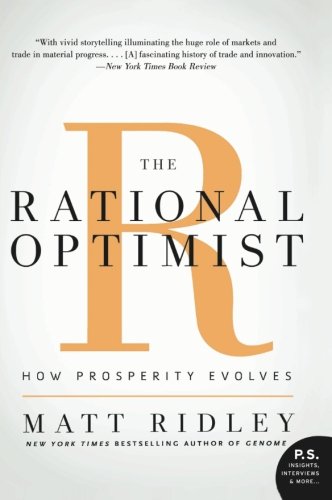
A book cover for The Rational Optimist: How Prosperity Evolves (P.S.); Matt Ridley; Science & Math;